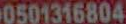
0501316804